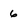
Character: 6